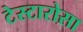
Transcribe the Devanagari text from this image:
टेस्टारोसा